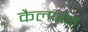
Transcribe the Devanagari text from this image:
कैलारस